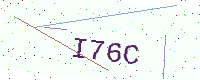
Text: I76C